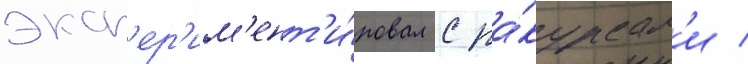
эксп'ер'им'ент'и́ровал с ра́курсам'и /